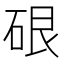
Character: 硍